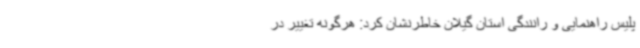
پلیس راهنمایی و رانندگی استان گیلان خاطرنشان کرد: هرگونه تغییر در